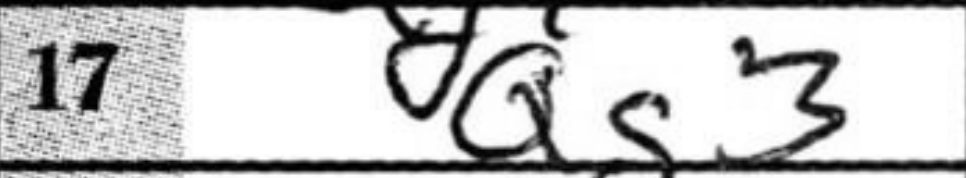
Transcription: Qg3